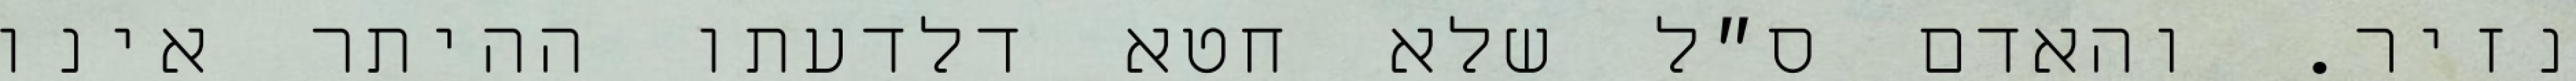
נזיר. והאדם ס״ל שלא חטא דלדעתו ההיתר אינו